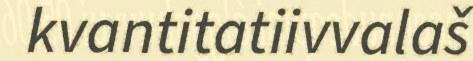
kvantitatiivvalaš